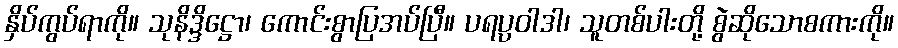
နှိပ်ကွပ်ရာကို။ သုနိဒ္ဒိဋ္ဌော၊ ကောင်းစွာပြအပ်ပြီ။ ပရပ္ပဝါဒါ၊ သူတစ်ပါးတို့ စွဲဆိုသောစကားကို။